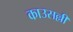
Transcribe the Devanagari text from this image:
काउसल्ली